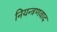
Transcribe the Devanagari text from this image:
नियन्त्रणवाद